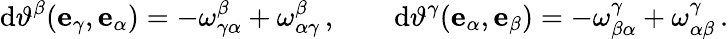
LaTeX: \mathrm{d}\vartheta^{\beta}(\mathbf{{e}}_{\gamma},\mathbf{{e}}_{\alpha})=-\omega^{\beta}_{\gamma\alpha}+\omega^{\beta}_{\alpha\gamma}\, ,\qquad\mathrm{d}\vartheta^{\gamma}(\mathbf{{e}}_{\alpha},\mathbf{{e}}_{\beta})=-\omega^{\gamma}_{\beta\alpha}+\omega^{\gamma}_{\alpha\beta}\, .